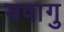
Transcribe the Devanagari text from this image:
यवागु